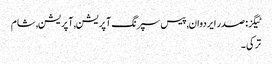
ٹیگز: صدر ایردوان , پیس سپرنگ آپریشن , آپریشن , شام
ترکی ۔